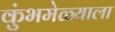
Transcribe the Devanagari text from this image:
कुंभमेळ्याला